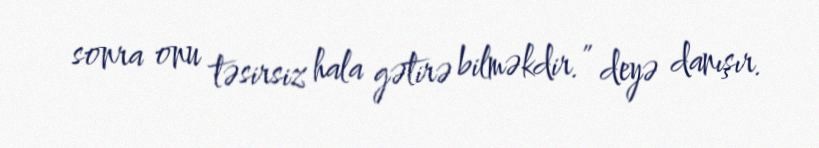
sonra onu təsirsiz hala gətirə bilməkdir.” deyə danışır.